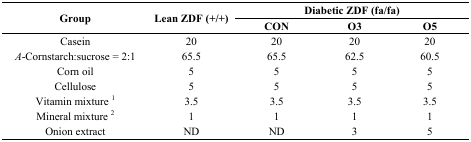
<table><thead><tr><td rowspan="2"><b>Group</b></td><td rowspan="2"><b>Lean ZDF (+/+)</b></td><td colspan="3"><b>Diabetic ZDF (fa/fa)</b></td></tr><tr><td><b>CON</b></td><td><b>O3</b></td><td><b>O5</b></td></tr></thead><tbody><tr><td>Casein</td><td>20</td><td>20</td><td>20</td><td>20</td></tr><tr><td><i>Α</i>-Cornstarch:sucrose = 2:1</td><td>65.5</td><td>65.5</td><td>62.5</td><td>60.5</td></tr><tr><td>Corn oil</td><td>5</td><td>5</td><td>5</td><td>5</td></tr><tr><td>Cellulose</td><td>5</td><td>5</td><td>5</td><td>5</td></tr><tr><td>Vitamin mixture <sup>1</sup></td><td>3.5</td><td>3.5</td><td>3.5</td><td>3.5</td></tr><tr><td>Mineral mixture <sup>2</sup></td><td>1</td><td>1</td><td>1</td><td>1</td></tr><tr><td>Onion extract</td><td>ND</td><td>ND</td><td>3</td><td>5</td></tr></tbody></table>